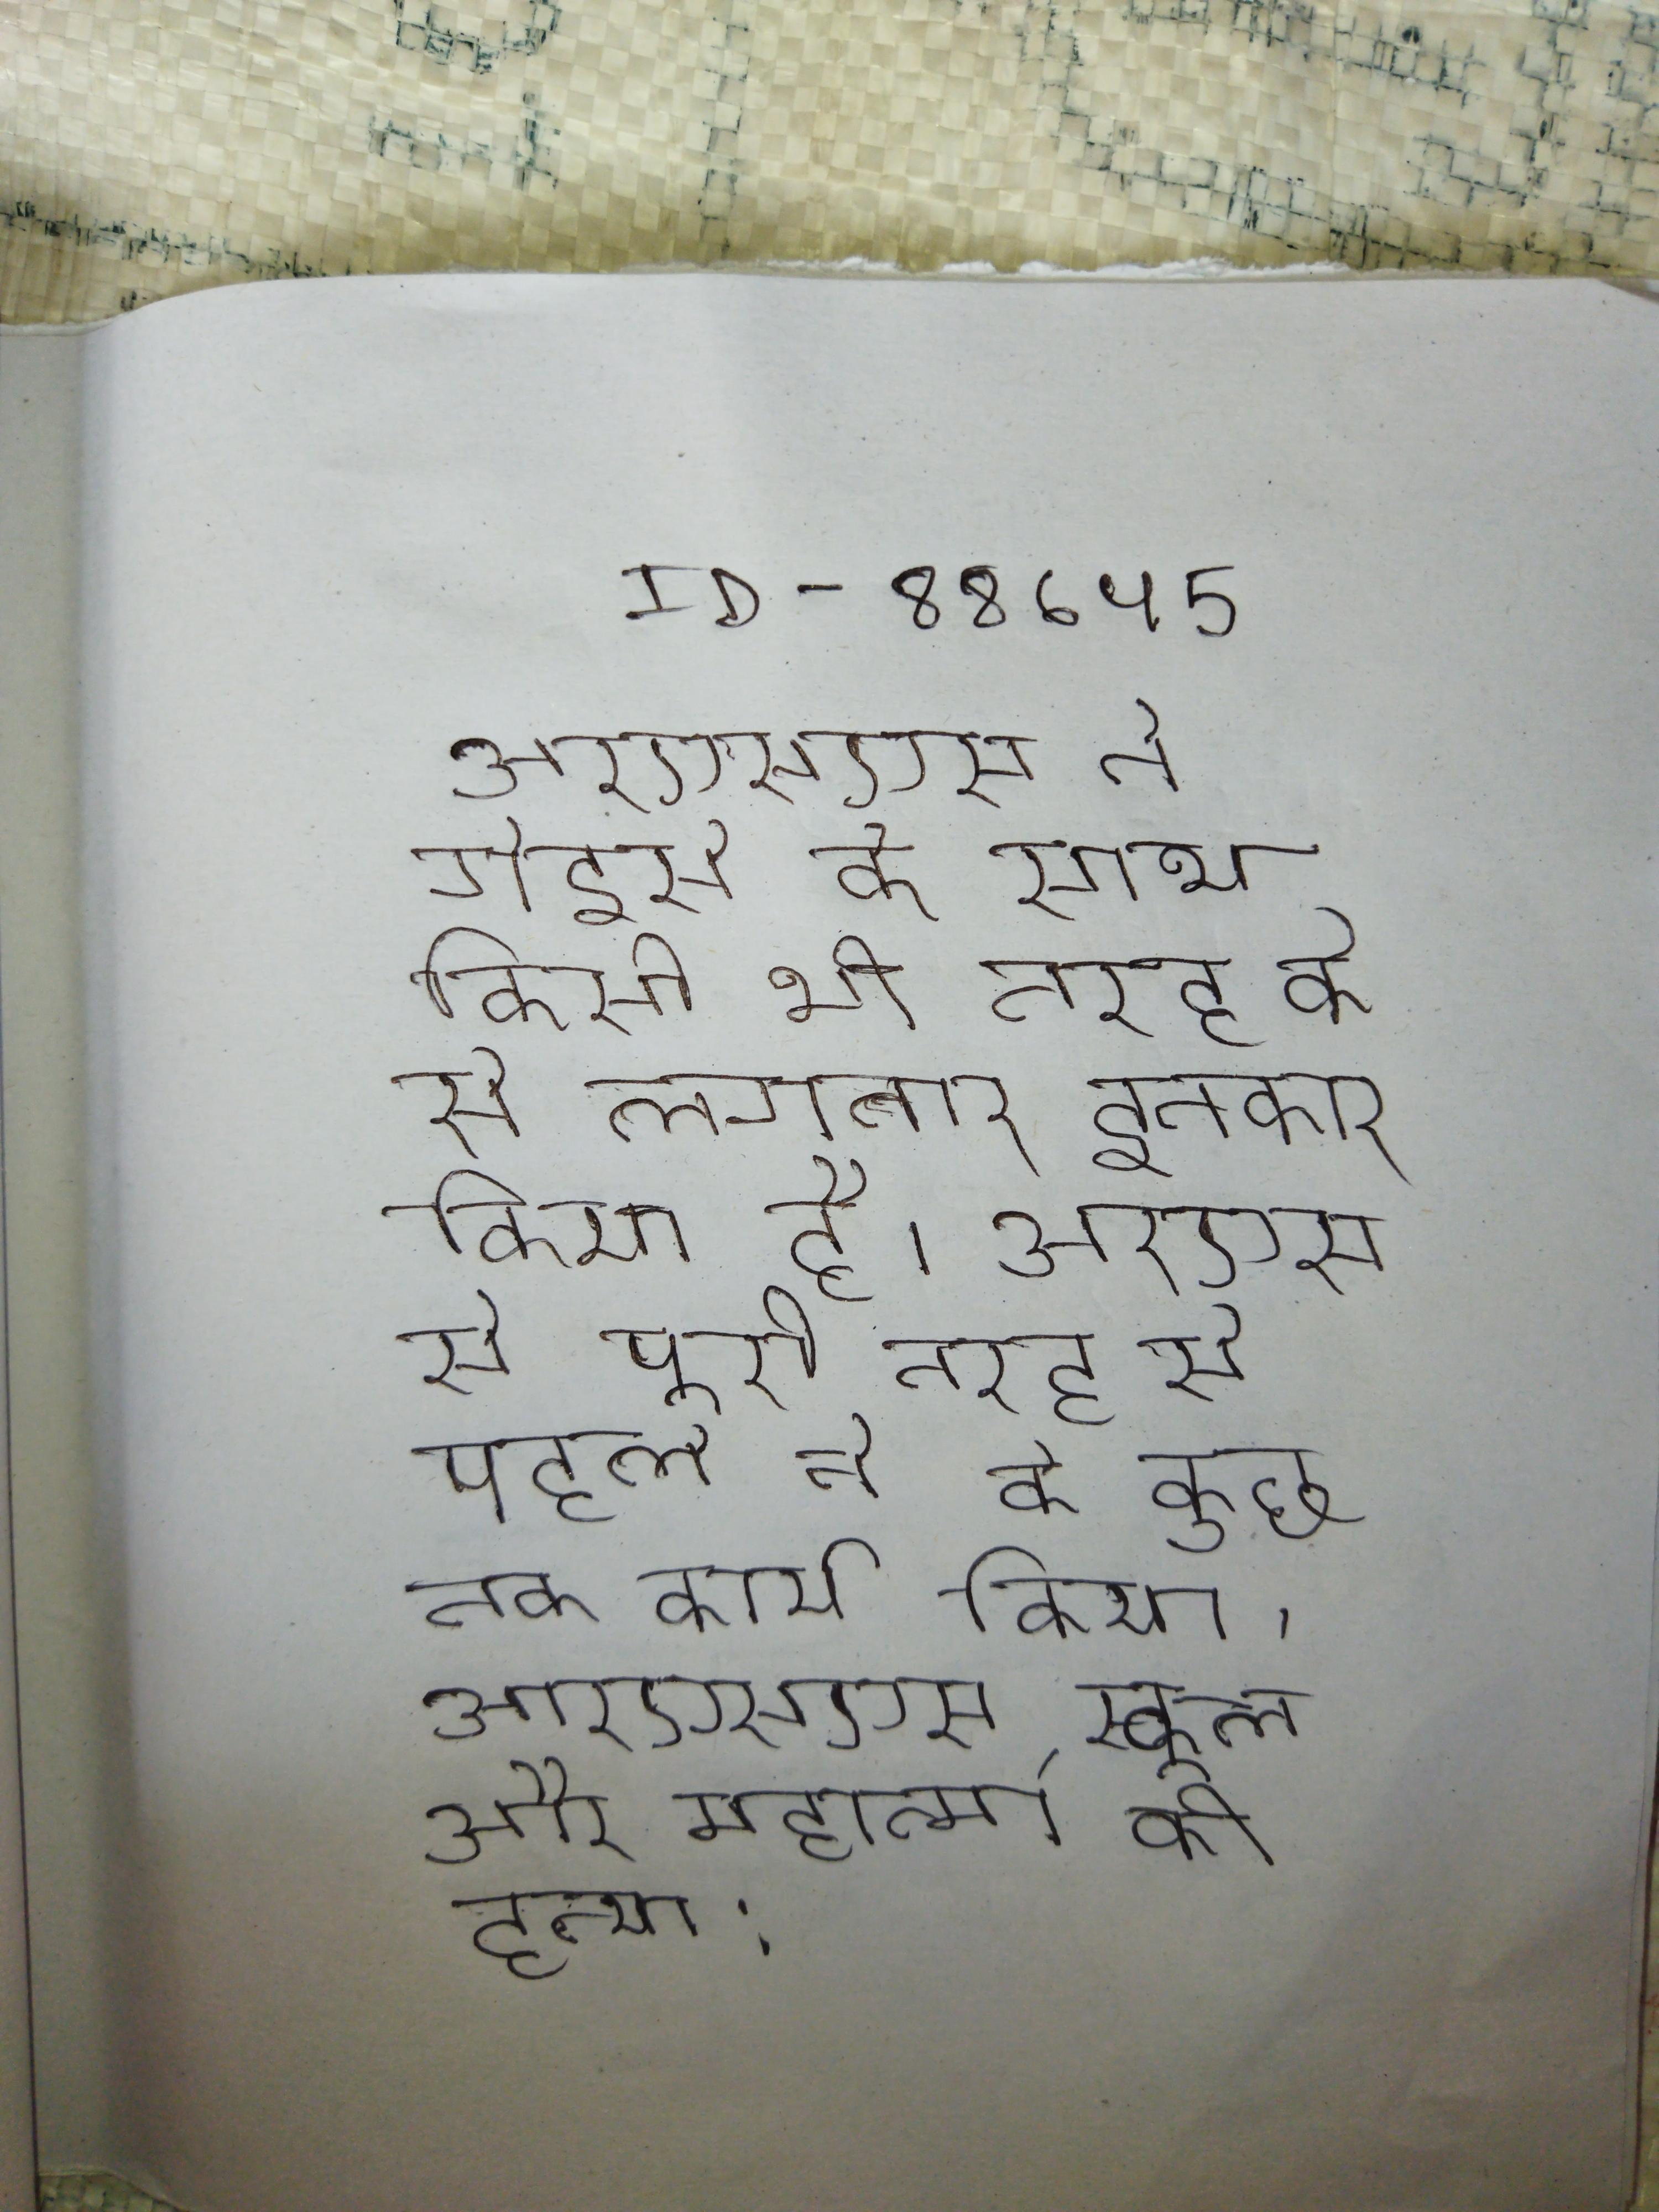
आरएसएस ने गोडसे के साथ किसी भी तरह के से लगातार इनकार किया है । आरएसएस से पूरी तरह से पहले ने के कुछ तक कार्य किया । आरएसएस, स्कूल और महात्मा की हत्या: परियोजना । आरएसके हायर स्कूल, तिरुचिरापल्ली से उनकी प्राथमिक शिक्षा प्राप्त की ।